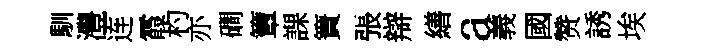
馴灃连霞杓亦磵簟課簀張辯繕a義國赞誘埃